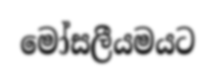
මෝසලීයමයට